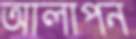
আলাপন